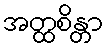
အတ္ထစိန္တာ